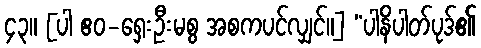
၄၃။ [ပါ ဧဝ-ရှေးဦးမစွ အစကပင်လျှင်။] “ပါနိပါတ်ပုဒ်၏